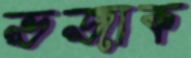
ভজাক